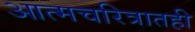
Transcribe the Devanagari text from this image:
आत्मचरित्रातही